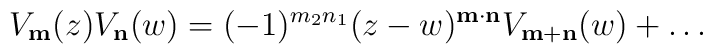
V_{\bf m}(z) V_{\bf n}(w) =	(-1)^{m_2n_1}(z-w)^{\bf	m\cdot n} V_{\bf m+n}(w) + \ldots